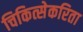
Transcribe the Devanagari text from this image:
चिकित्सेकरिता